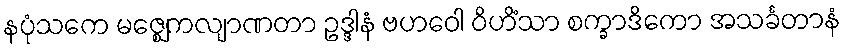
နပုံသကေ မဇ္ဈေကလျာဏတာ ဥဒ္ဒါနံ ဗဟဝေါ ဝိဟိံသာ စက္ခာဒိကော အသင်္ခတာနံ